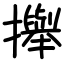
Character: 攑